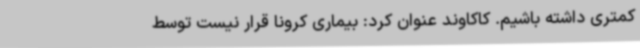
کمتری داشته باشیم. کاکاوند عنوان کرد: بیماری کرونا قرار نیست توسط